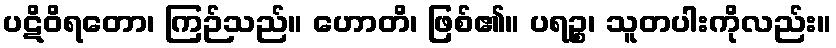
ပဋိဝိရတော၊ ကြဉ်သည်။ ဟောတိ၊ ဖြစ်၏။ ပရဉ္စ၊ သူတပါးကိုလည်း။